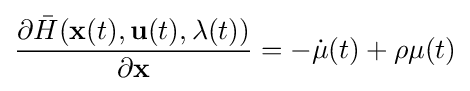
{\frac {\partial {\bar {H}}(\mathbf {x} (t),\mathbf {u} (t),\mathbf {\lambda } (t))}{\partial \mathbf {x} }}=-{\dot {\mathbf {\mu } }}(t)+\rho \mathbf {\mu } (t)